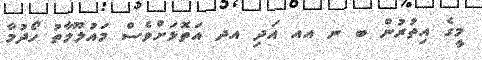
މީގެ އިތުރުން ބ ނ އއ އަދި އދ އަތޮޅަށްވެސް މައުލޫމާތު ހޯދުމާ